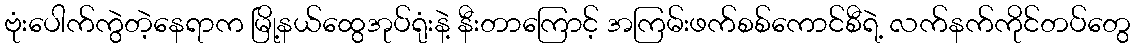
ဗုံးပေါက်ကွဲတဲ့နေရာက မြို့နယ်ထွေအုပ်ရုံးနဲ့ နီးတာကြောင့် အကြမ်းဖက်စစ်ကောင်စီရဲ့ လက်နက်ကိုင်တပ်တွေ